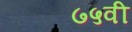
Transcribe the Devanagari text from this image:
७५वी